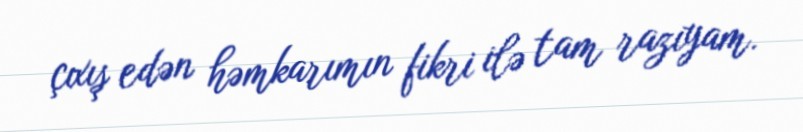
çıxış edən həmkarımın fikri ilə tam razıyam.